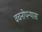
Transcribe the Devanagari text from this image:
वचनोपन्यास